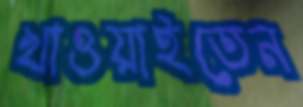
খাওয়াইতেন